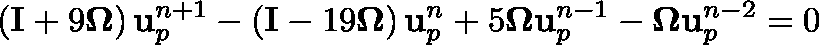
\left( \mathbf { I } + 9 \mathbf { \Omega } \right) \mathbf { u } _ { p } ^ { n + 1 } - \left( \mathbf { I } - 1 9 \mathbf { \Omega } \right) \mathbf { u } _ { p } ^ { n } + 5 \mathbf { \Omega } \mathbf { u } _ { p } ^ { n - 1 } - \mathbf { \Omega } \mathbf { u } _ { p } ^ { n - 2 } = 0